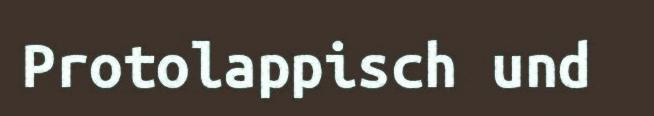
Protolappisch und